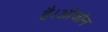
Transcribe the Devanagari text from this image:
है।ओजोन